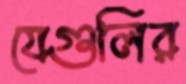
যেগুলির